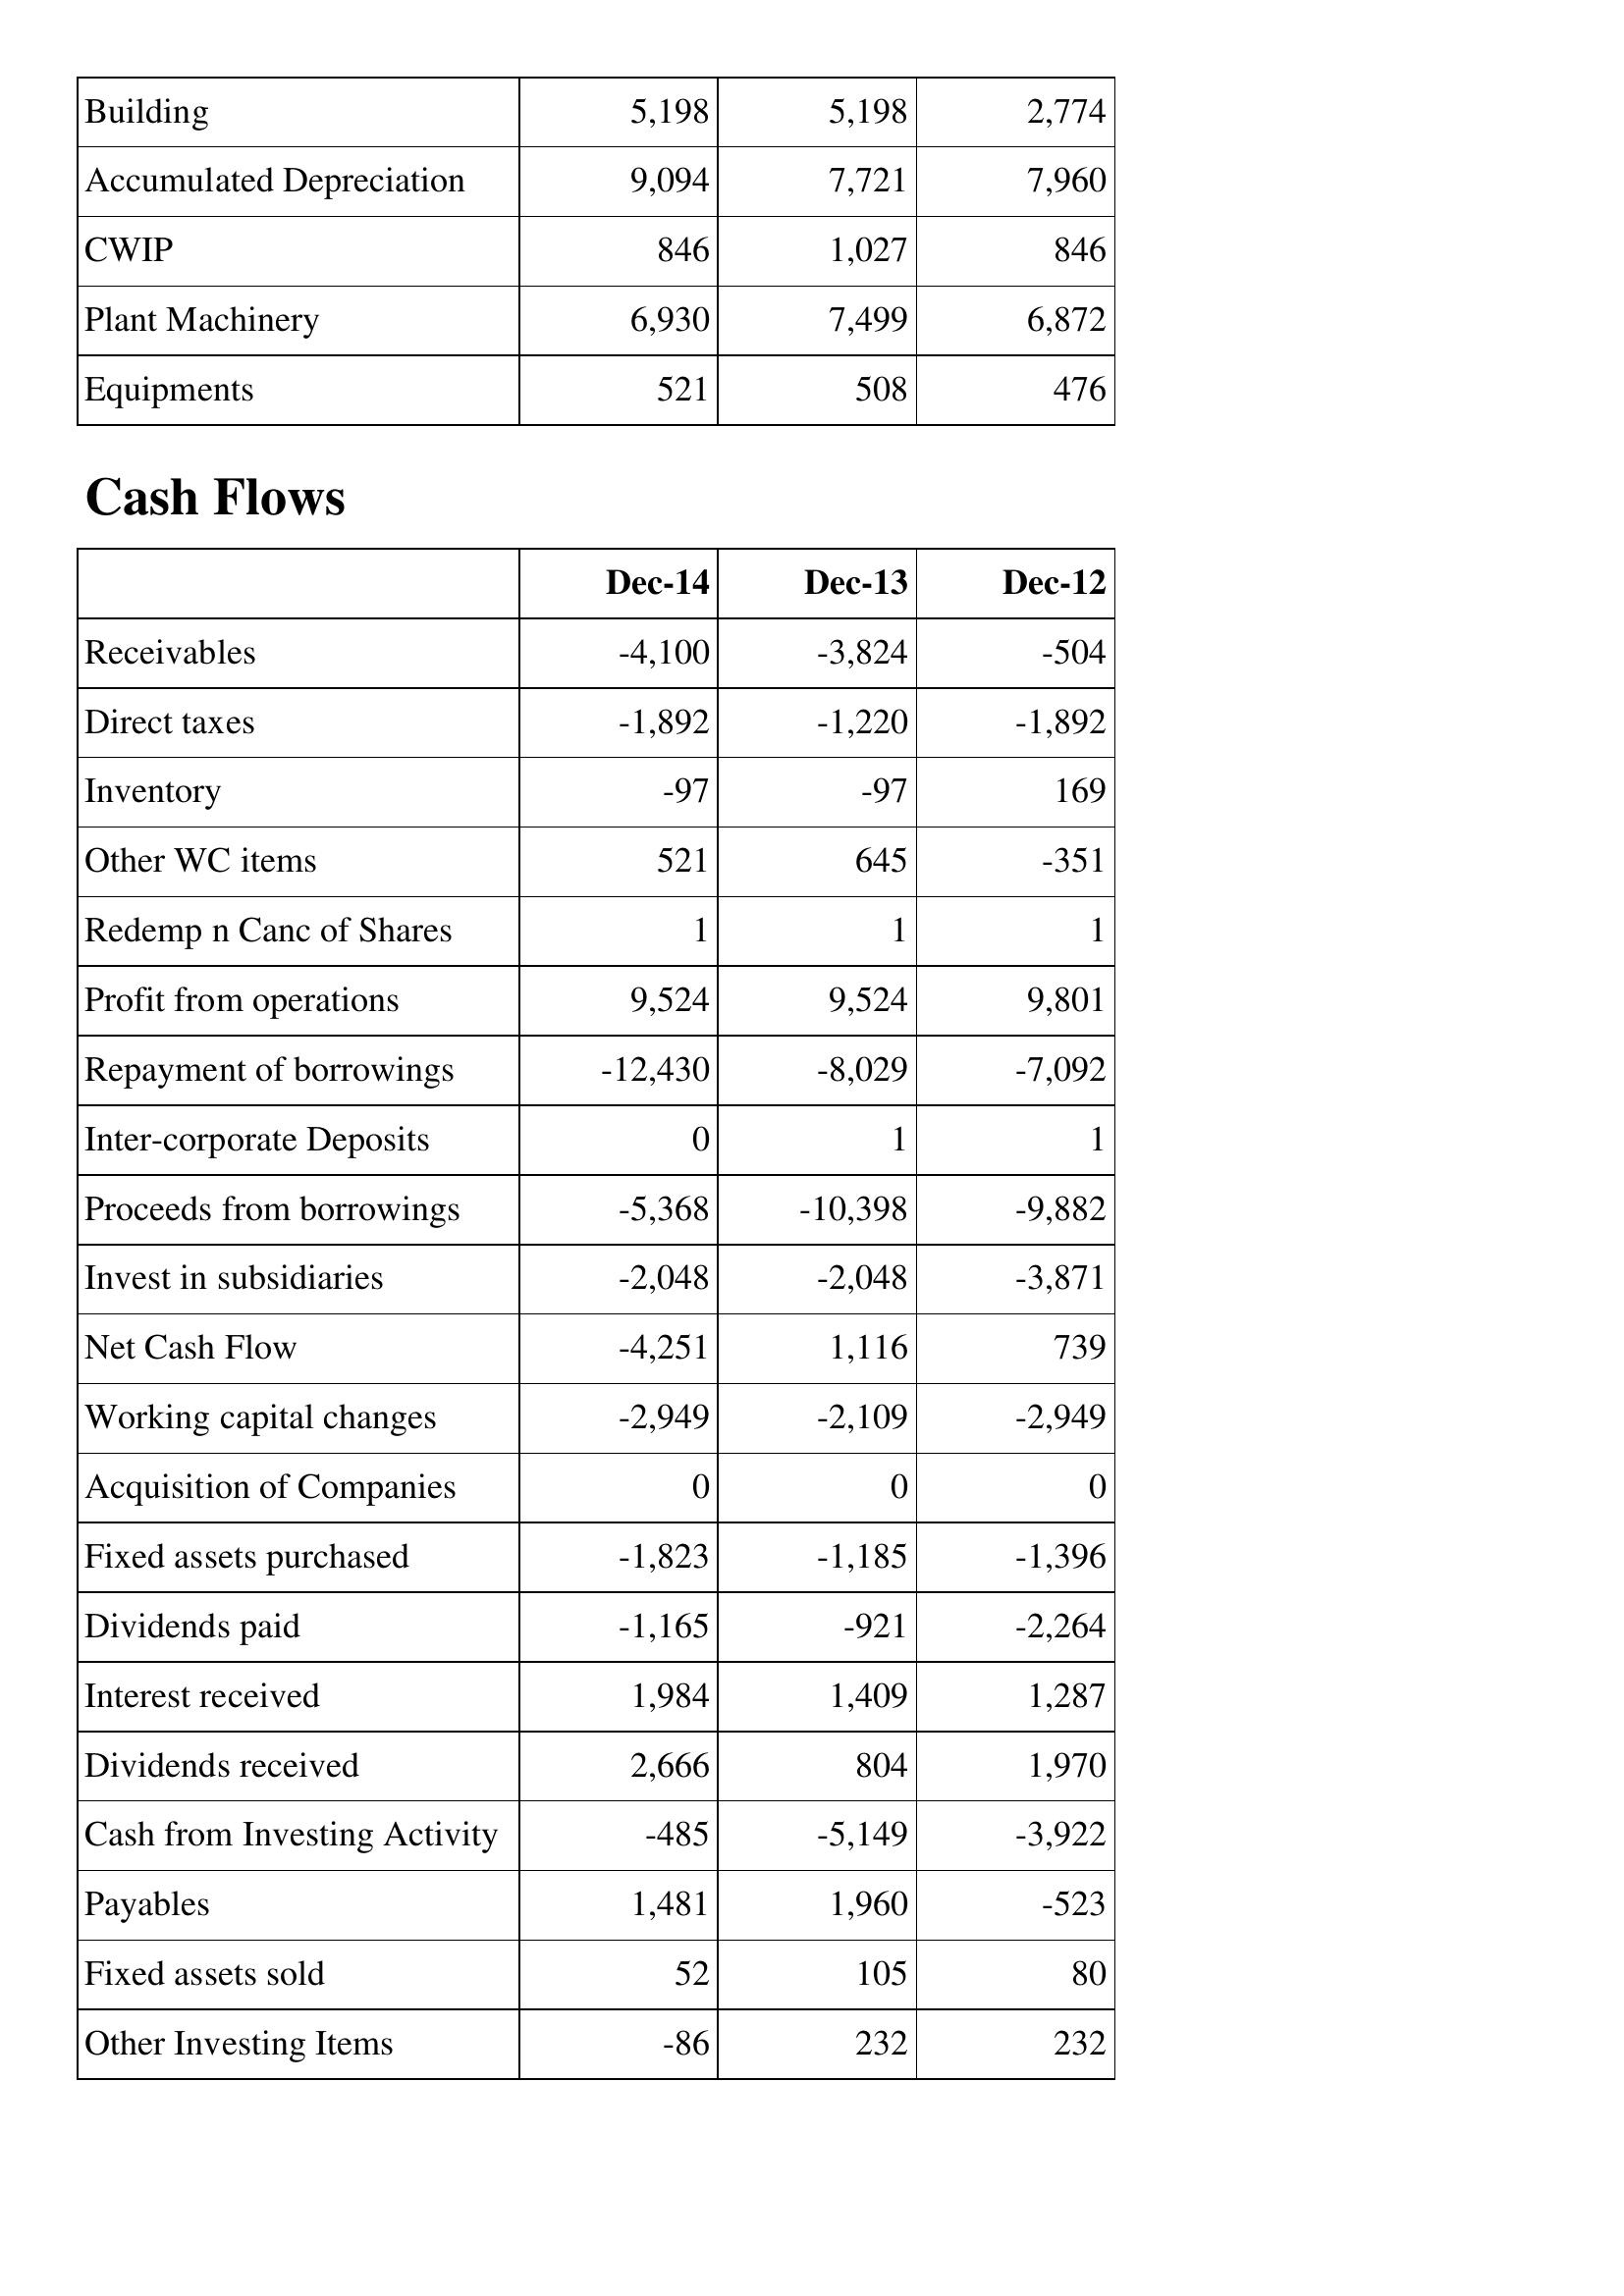
Dec-14: Balance Sheet: Building: 5,198
Accumulated Depreciation: 9,094
CWIP: 846
Plant Machinery: 6,930
Equipments: 521
Cash Flows: Receivables: -4,100
Direct taxes: -1,892
Inventory: -97
Other WC items: 521
Redemp n Canc of Shares: 1
Profit from operations: 9,524
Repayment of borrowings: -12,430
Inter-corporate Deposits: 0
Proceeds from borrowings: -5,368
Invest in subsidiaries: -2,048
Net Cash Flow: -4,251
Working capital changes: -2,949
Acquisition of Companies: 0
Fixed assets purchased: -1,823
Dividends paid: -1,165
Interest received: 1,984
Dividends received: 2,666
Cash from Investing Activity: -485
Payables: 1,481
Fixed assets sold: 52
Other Investing Items: -86
Dec-13: Balance Sheet: Building: 5,198
Accumulated Depreciation: 7,721
CWIP: 1,027
Plant Machinery: 7,499
Equipments: 508
Cash Flows: Receivables: -3,824
Direct taxes: -1,220
Inventory: -97
Other WC items: 645
Redemp n Canc of Shares: 1
Profit from operations: 9,524
Repayment of borrowings: -8,029
Inter-corporate Deposits: 1
Proceeds from borrowings: -10,398
Invest in subsidiaries: -2,048
Net Cash Flow: 1,116
Working capital changes: -2,109
Acquisition of Companies: 0
Fixed assets purchased: -1,185
Dividends paid: -921
Interest received: 1,409
Dividends received: 804
Cash from Investing Activity: -5,149
Payables: 1,960
Fixed assets sold: 105
Other Investing Items: 232
Dec-12: Balance Sheet: Building: 2,774
Accumulated Depreciation: 7,960
CWIP: 846
Plant Machinery: 6,872
Equipments: 476
Cash Flows: Receivables: -504
Direct taxes: -1,892
Inventory: 169
Other WC items: -351
Redemp n Canc of Shares: 1
Profit from operations: 9,801
Repayment of borrowings: -7,092
Inter-corporate Deposits: 1
Proceeds from borrowings: -9,882
Invest in subsidiaries: -3,871
Net Cash Flow: 739
Working capital changes: -2,949
Acquisition of Companies: 0
Fixed assets purchased: -1,396
Dividends paid: -2,264
Interest received: 1,287
Dividends received: 1,970
Cash from Investing Activity: -3,922
Payables: -523
Fixed assets sold: 80
Other Investing Items: 232